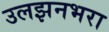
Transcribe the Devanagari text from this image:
उलझनभरा